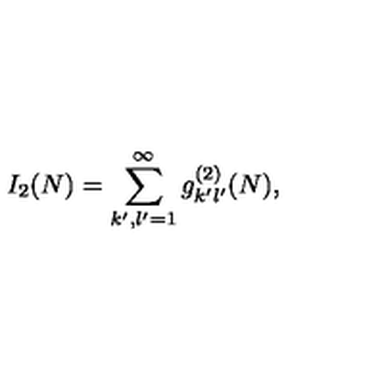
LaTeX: I _ { 2 } ( N ) = \sum _ { k ^ { \prime } , l ^ { \prime } = 1 } ^ { \infty } g _ { k ^ { \prime } l ^ { \prime } } ^ { ( 2 ) } ( N ) ,